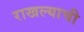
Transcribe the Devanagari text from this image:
राखल्याची